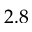
2 . 8